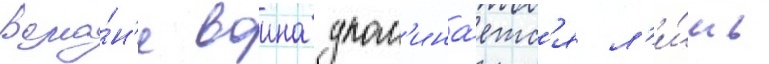
рома́н'е воина упом'ина́етс'я л'и́шь